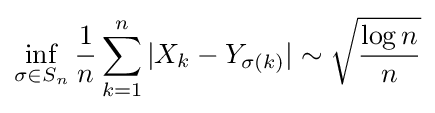
\inf \limits _{\sigma \in S_{n}}{\frac {1}{n}}\sum \limits _{k=1}^{n}|X_{k}-Y_{\sigma (k)}|\sim {\sqrt {\frac {\log n}{n}}}